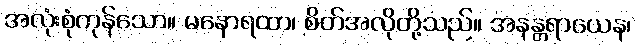
အလုံးစုံကုန်သော။ မနောရထာ၊ စိတ်အလိုတို့သည်။ အနန္တရာယေန၊